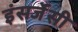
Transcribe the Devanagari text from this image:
इंसर्जेंसी